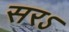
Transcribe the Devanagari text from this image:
सरऽ